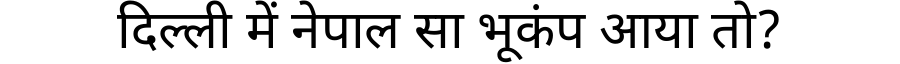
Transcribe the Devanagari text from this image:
दिल्ली में नेपाल सा भूकंप आया तो?